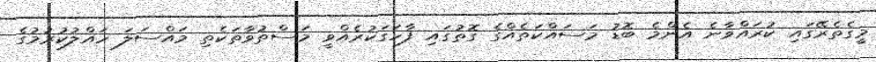
މީގެތެރޭގައި ކުރައްވާނެ އެންމެ ބޮޑު މަސައްކަތެއްގެ ގޮތުގައި ފާހަގަކުރެއްވީ މަސްތުވާތަކެތި މައްސަލަ ހައްލުކުރުމުގެ